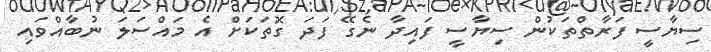
ސިޔާސީ ފަރާތްތަކުން ސިޔާސީ ފައިދާ ނެގޭ ފަދަ ގޮތަކަށް އެ މައްސަލަ ނުބާއްވައި